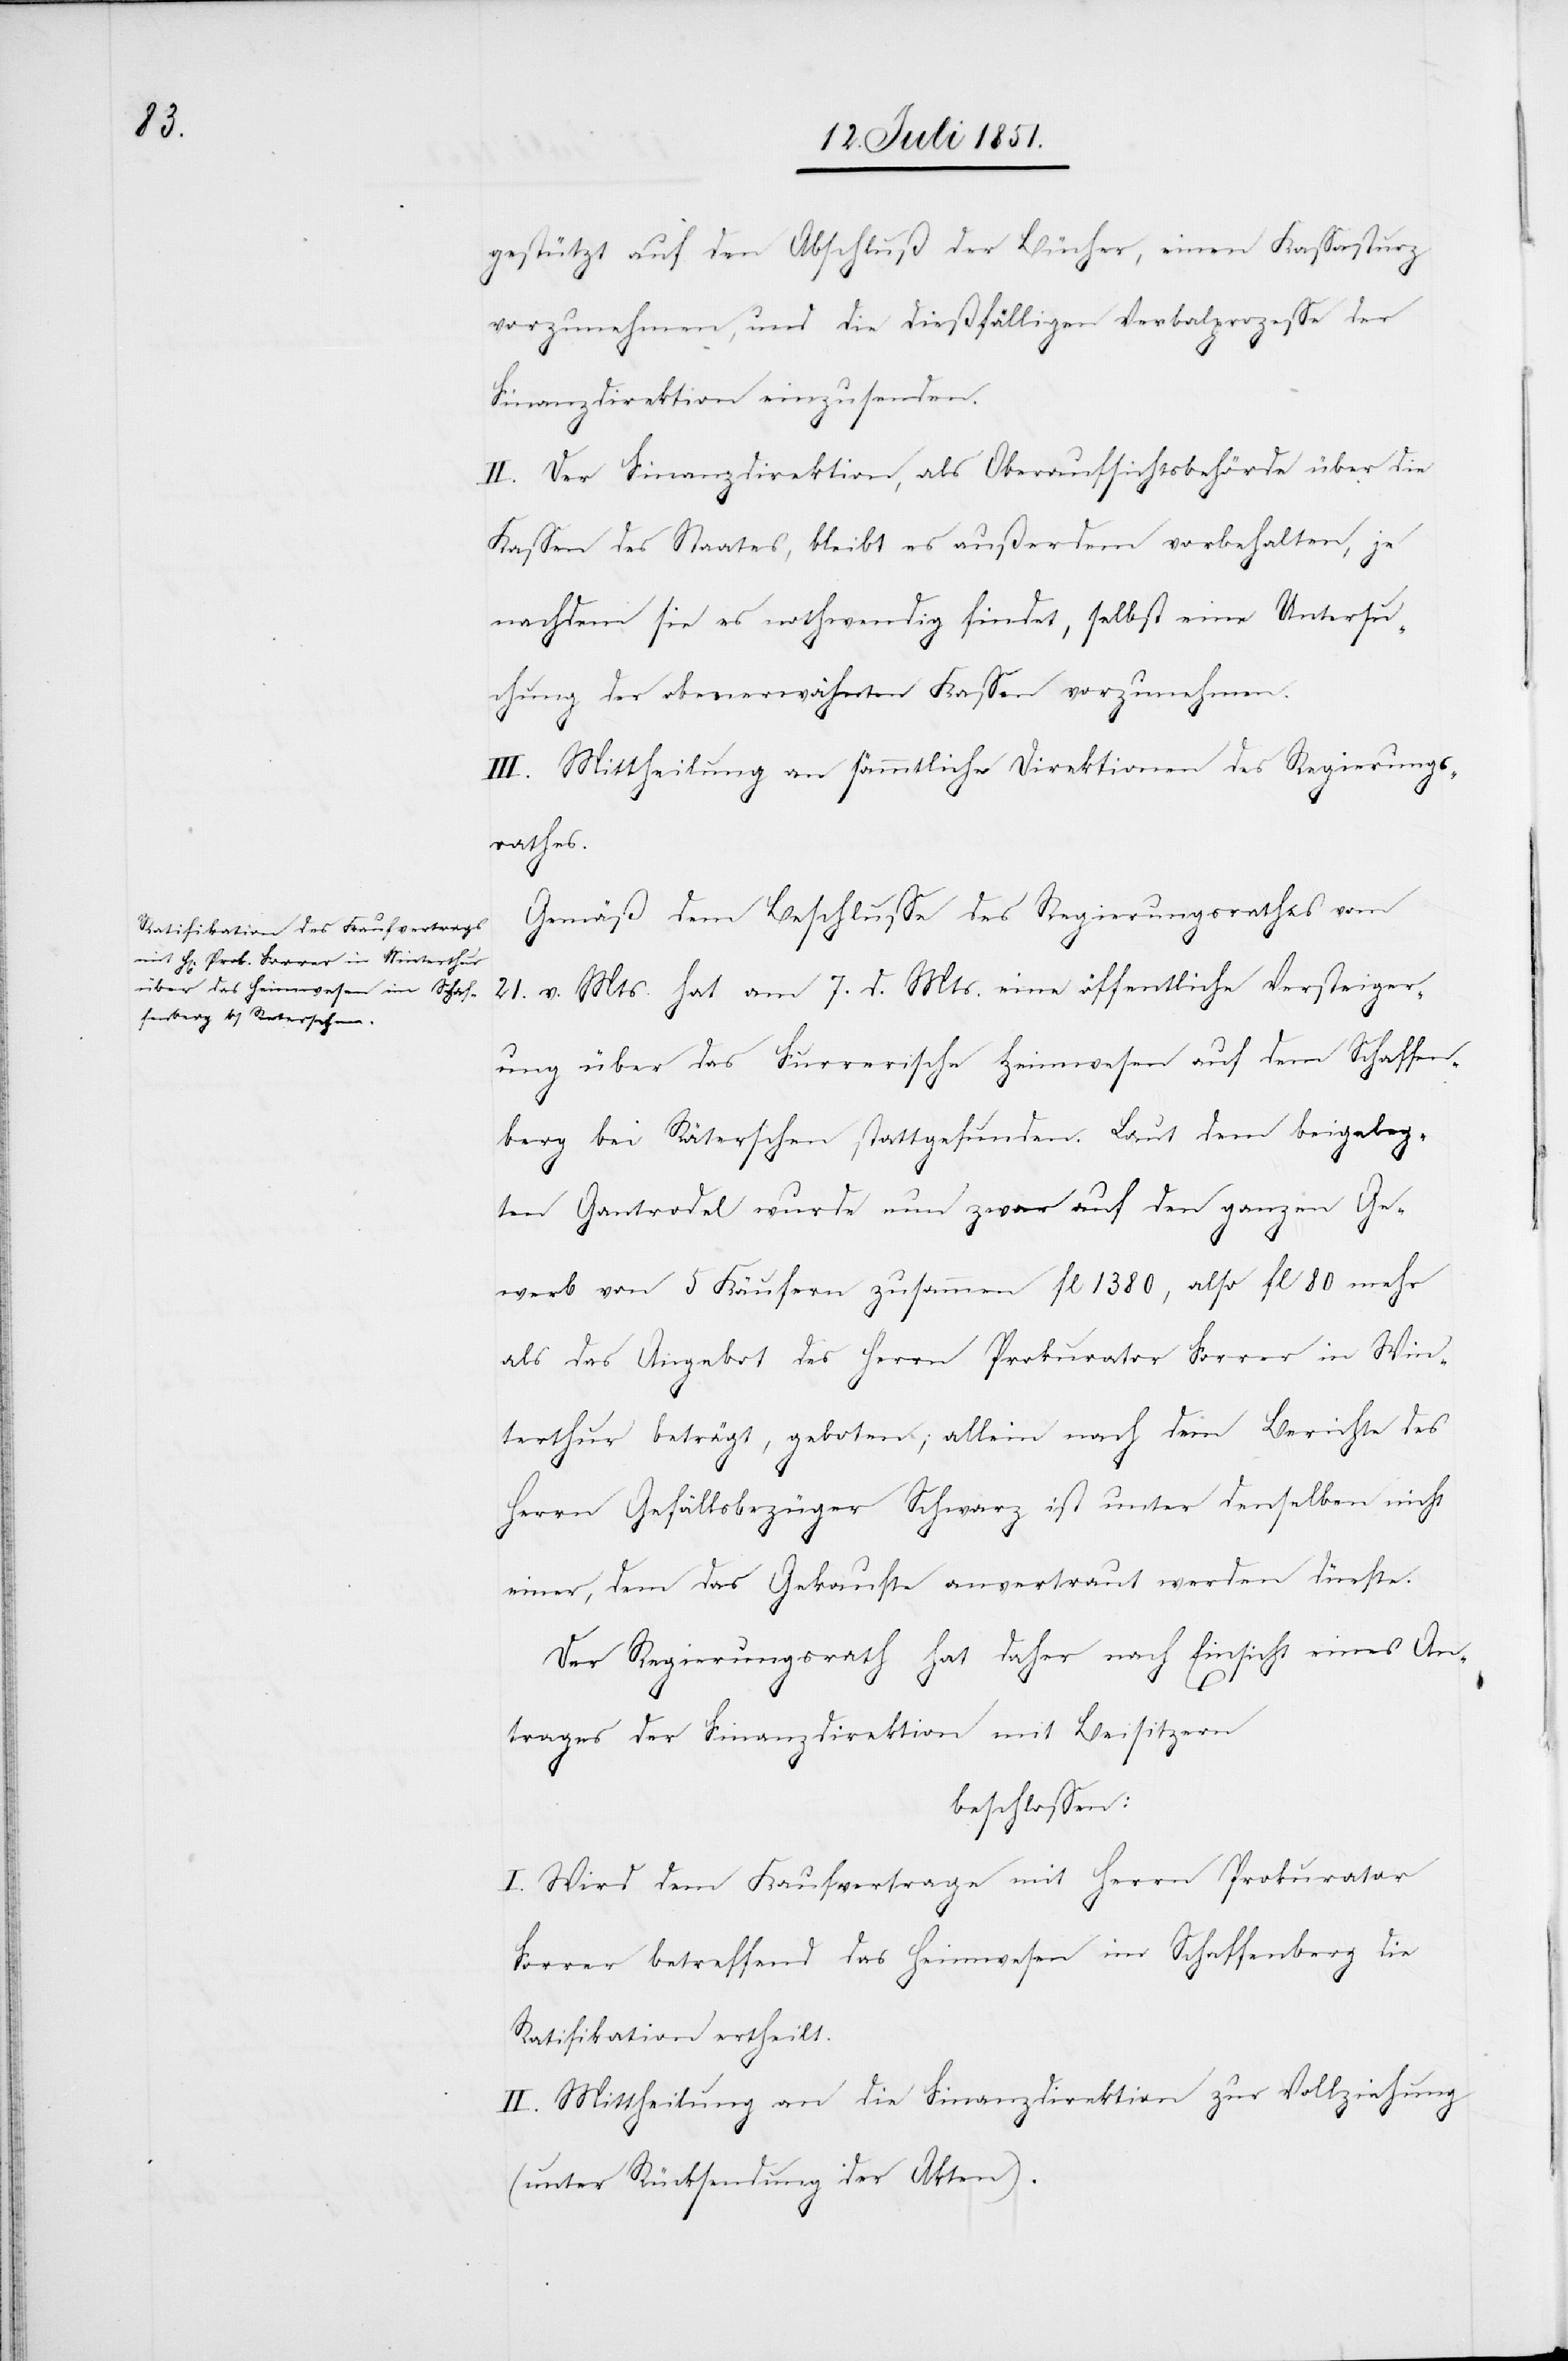
gestützt auf den Abschluß der Bücher, einen Kassasturz
vorzunehmen, und die dießfälligen Verbalprozesse der
Finanzdirektion einzusenden.
II. Der Finanzdirektion, als Oberaufsichtsbehörde über die
Kassen des Staates, bleibt es außerdem vorbehalten, je
nachdem sie es nothwendig findet, selbst eine Untersu¬
chung der obenerwähnten Kassen vorzunehmen.
III. Mittheilung an sämmtliche Direktionen des Regierungs¬
rathes.
Gemäß dem Beschlusse des Regierungsrathes vom
21. v. Mts. hat am 7. d. Mts. eine öffentliche Versteiger¬
ung über das Furrerische Heimwesen auf dem Schaffen¬
berg bei Räterschen stattgefunden. Laut dem beigeleg¬
ten Gantrodel wurde nun zwar auf den ganzen Ge¬
werb von 5 Käufern zusammen fl 1380, also fl 80 mehr
als das Angebot des Herrn Prokurator Forrer in Win¬
terthur beträgt, geboten; allein nach dem Berichte des
Herrn Gefällsbezüger Schwarz ist unter denselben nicht
einer, dem das Gekaufte anvertraut werden dürfte.
Der Regierungsrath hat daher nach Einsicht eines An¬
trages der Finanzdirektion mit Beisitzern
beschlossen:
I. Wird dem Kaufvertrage mit Herrn Prokurator
Forrer betreffend das Heimwesen im Schaffenberg die
Ratifikation ertheilt.
II. Mittheilung an die Finanzdirektion zur Vollziehung
(unter Rücksendung der Akten).